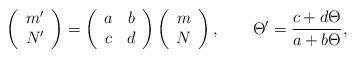
LaTeX: \begin{align*}\left( \begin{array}{c}m' \\N'\end{array} \right) =\left( \begin{array}{cc}a & b \\c & d\end{array} \right)\left( \begin{array}{c}m \\N\end{array} \right), \qquad \Theta'=\frac{c+d\Theta}{a+b\Theta},\end{align*}